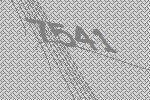
7541